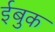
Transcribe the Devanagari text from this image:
ईबुक